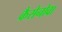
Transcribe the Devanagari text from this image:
कैसेनोवा